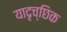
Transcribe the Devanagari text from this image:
यादृच्‍छिक